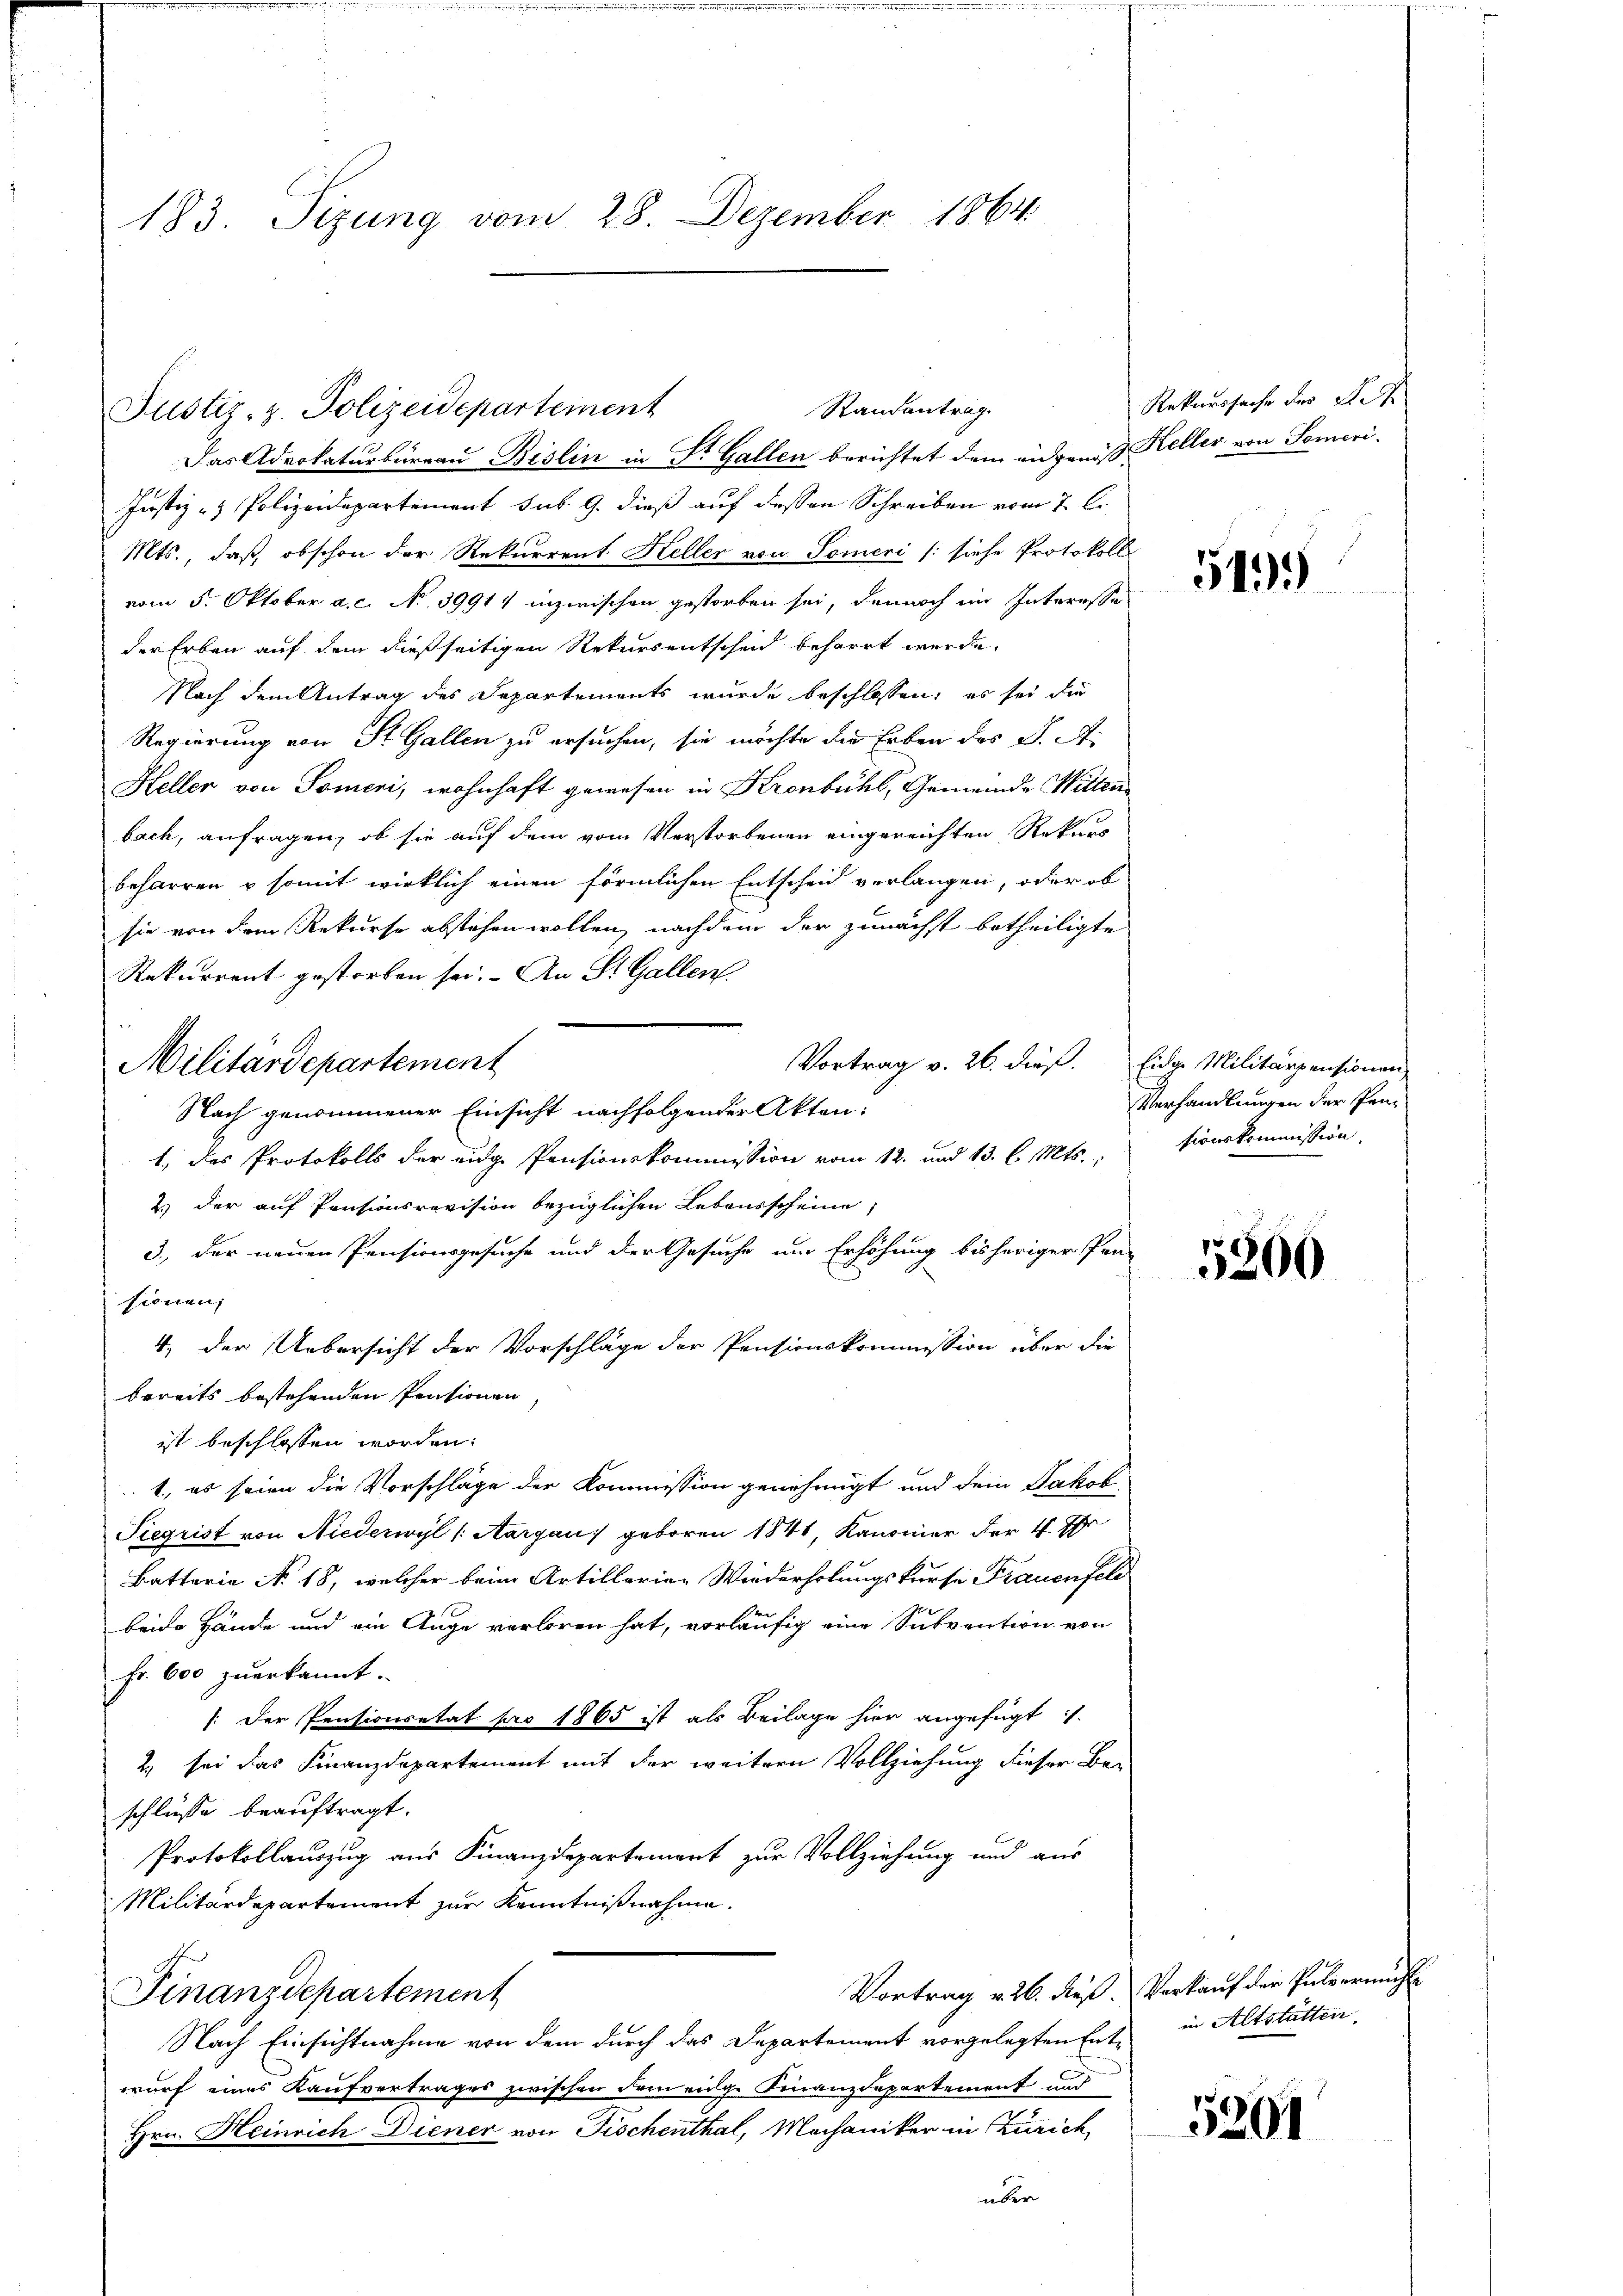
183. Sizung vom 28. Dezember 1864.

Justiz- & Polizeidepartement
Das Advokaturbureau Bislin in Dr. Gallen berichtet dem angenoß Keller von Someri¬
Justiz- & Polizeidepartement sub 9. dieß auf dessen Schreiben vom 7 l.
Mts., daß obschon der Rekurrent Heller von Someri /: siehe Protokoll
vom 5. Oktober a. c. No. 39914 inzwischen gestorben sei, dennoch im Interesse
der Erben auf dem dießseitigen Rekursentscheid beharrt werde.
Nach dem Antrag des Departements wurde beschlossen, es sei die
Regierung von St. Gallen zu ersuchen, sie möchte die Erben des J. A.
Heller von Someni, wohnhaft gewesen in Kronbühl, Gemeinde Witten
bach, anfragen, ob sie auf dem vom Verstorbenen eingereichten Rekurs
beharren & somit wirklich einen förmlichen Entscheid verlangen, oder ob
sie von dem Rekurse abstehen wollen, nachdem der zunächst betheiligte
Rekurrent gestorben sei. - An St. Gallen
Vortrag v. 26. dieß. Eidge Militärpensionen
Nach genommener Einsicht nachfolgender Akten:
1., das Protokolls der eidge Pensionskommission vom 12. und 13. l. Mts.,
2.) der auf Pensionsrevision bezüglichen Lebensscheine
3., der neuen Pensionsgesuche und der Gesuche um Erhöhung bisheriger Pen-
sionen;
4, der Uebersicht der Vorschläge der Pensionskommission über die
bereits bestehenden Pensionen,
ist beschlossen worden.
1., es seien die Vorschläge der Kommission genehmigt und dem Jakob
Siegrist von Niederwyl (Aargau geboren 1841, Kanonier der 4. Ihr
Battaria No. 18, welcher beim Artillarier Wiederholungskurse Frauenfel
beide Hände und ein Auge verloren hat, vorläufig eine Subvention von
Fr. 600 zuerkannt.
[der Pensionsetat pro 1865 ist als Beilage hier angefügt
2) sei das Finanzdepartement mit der weitern Vollziehung dieser Be-
schlüsse beauftragt.
Protokollauszug aus Finanzdepartement zur Vollziehung und aus
Militärdepartement zur Kenntnißnahme.
Vortrag v. 26. dieß. Verkauf der Pulvermute
Finanzdepartement
Nach Einsichtnahme von dem durch das Departement vorgelegten Entwurf eines Kaufvertrages zwischen dem eige Finanzdepartement und
Hrn. Heinrich Diener von Fischenthal, Mechaniker in Zürich
über

Militärdepartement

Randantrag.

Rekurssache des R

5199

Verhandlungen der Pansionskommission.

5200

in Altstatten.

5201